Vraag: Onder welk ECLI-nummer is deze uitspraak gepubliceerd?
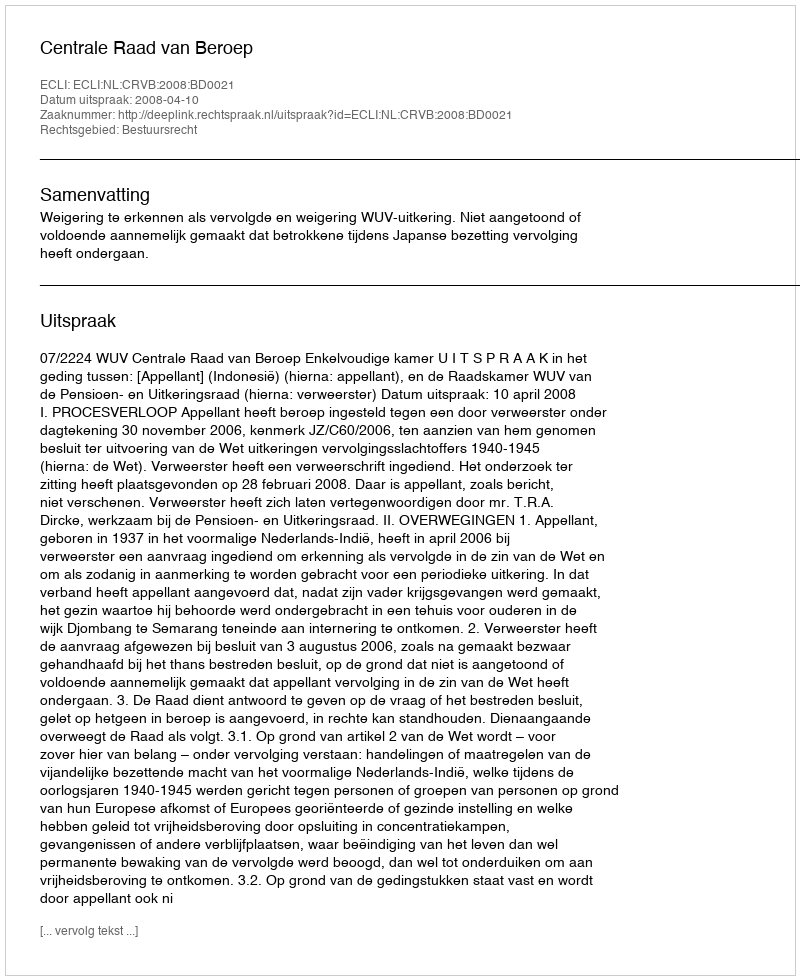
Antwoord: ECLI:NL:CRVB:2008:BD0021